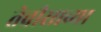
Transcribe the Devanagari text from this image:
तेवीसाव्‍या